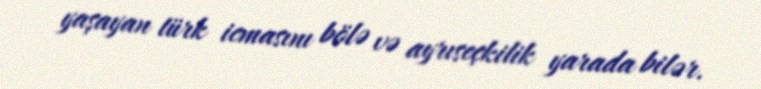
yaşayan türk icmasını bölə və ayrıseçkilik yarada bilər.